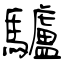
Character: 驢